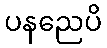
ပနညေပိ